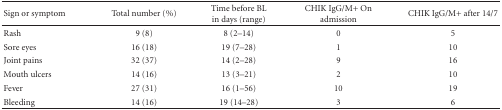
<table><thead><tr><td><b>Sign or symptom</b></td><td><b>Total number (%)</b></td><td><b>Time before BL in days (range)</b></td><td><b>CHIK IgG/M+ On admission</b></td><td><b>CHIK IgG/M+ after 14/7</b></td></tr></thead><tbody><tr><td>Rash</td><td>9 (8)</td><td>8 (2–14)</td><td>0</td><td>5</td></tr><tr><td>Sore eyes</td><td>16 (18)</td><td>19 (7–28)</td><td>1</td><td>10</td></tr><tr><td>Joint pains</td><td>32 (37)</td><td>14 (2–28)</td><td>9</td><td>16</td></tr><tr><td>Mouth ulcers</td><td>14 (16)</td><td>13 (3–21)</td><td>2</td><td>10</td></tr><tr><td>Fever</td><td>27 (31)</td><td>16 (1–56)</td><td>10</td><td>19</td></tr><tr><td>Bleeding</td><td>14 (16)</td><td>19 (14–28)</td><td>3</td><td>6</td></tr></tbody></table>